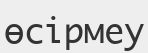
өсірмеу